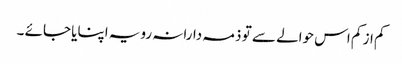
کم از کم اس حوالے سے تو ذمہ دارانہ رویہ اپنایا جائے ۔